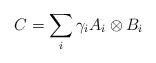
LaTeX: \begin{align*}C = \sum_i \gamma_i A_i \otimes B_i\end{align*}